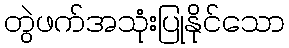
တွဲဖက်အသုံးပြုနိုင်သော